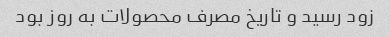
زود رسید و تاریخ مصرف محصولات به روز بود